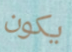
يكون